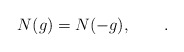
\begin{align*}N(g)=N(-g),\qquad.\end{align*}